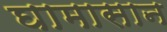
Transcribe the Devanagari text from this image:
घामासान